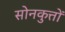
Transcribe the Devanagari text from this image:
सोनकुत्तों